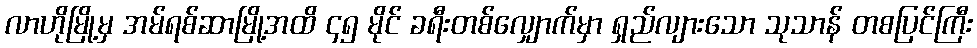
လာဟိုမြို့မှ အမ်ရစ်ဆာမြို့အထိ ၄၅ မိုင် ခရီးတစ်လျှောက်မှာ ရှည်လျားသော သုသာန် တစပြင်ကြီး